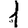
Digit: 1